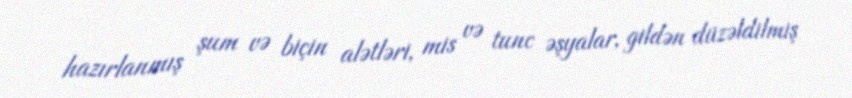
hazırlanmış şum və biçin alətləri, mis və tunc əşyalar, gildən düzəldilmiş